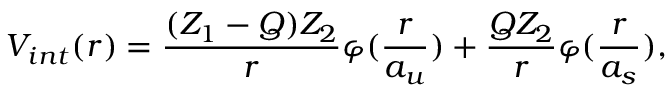
V _ { i n t } ( r ) = \frac { ( Z _ { 1 } - Q ) Z _ { 2 } } { r } \varphi ( \frac { r } { a _ { u } } ) + \frac { Q Z _ { 2 } } { r } \varphi ( \frac { r } { a _ { s } } ) ,